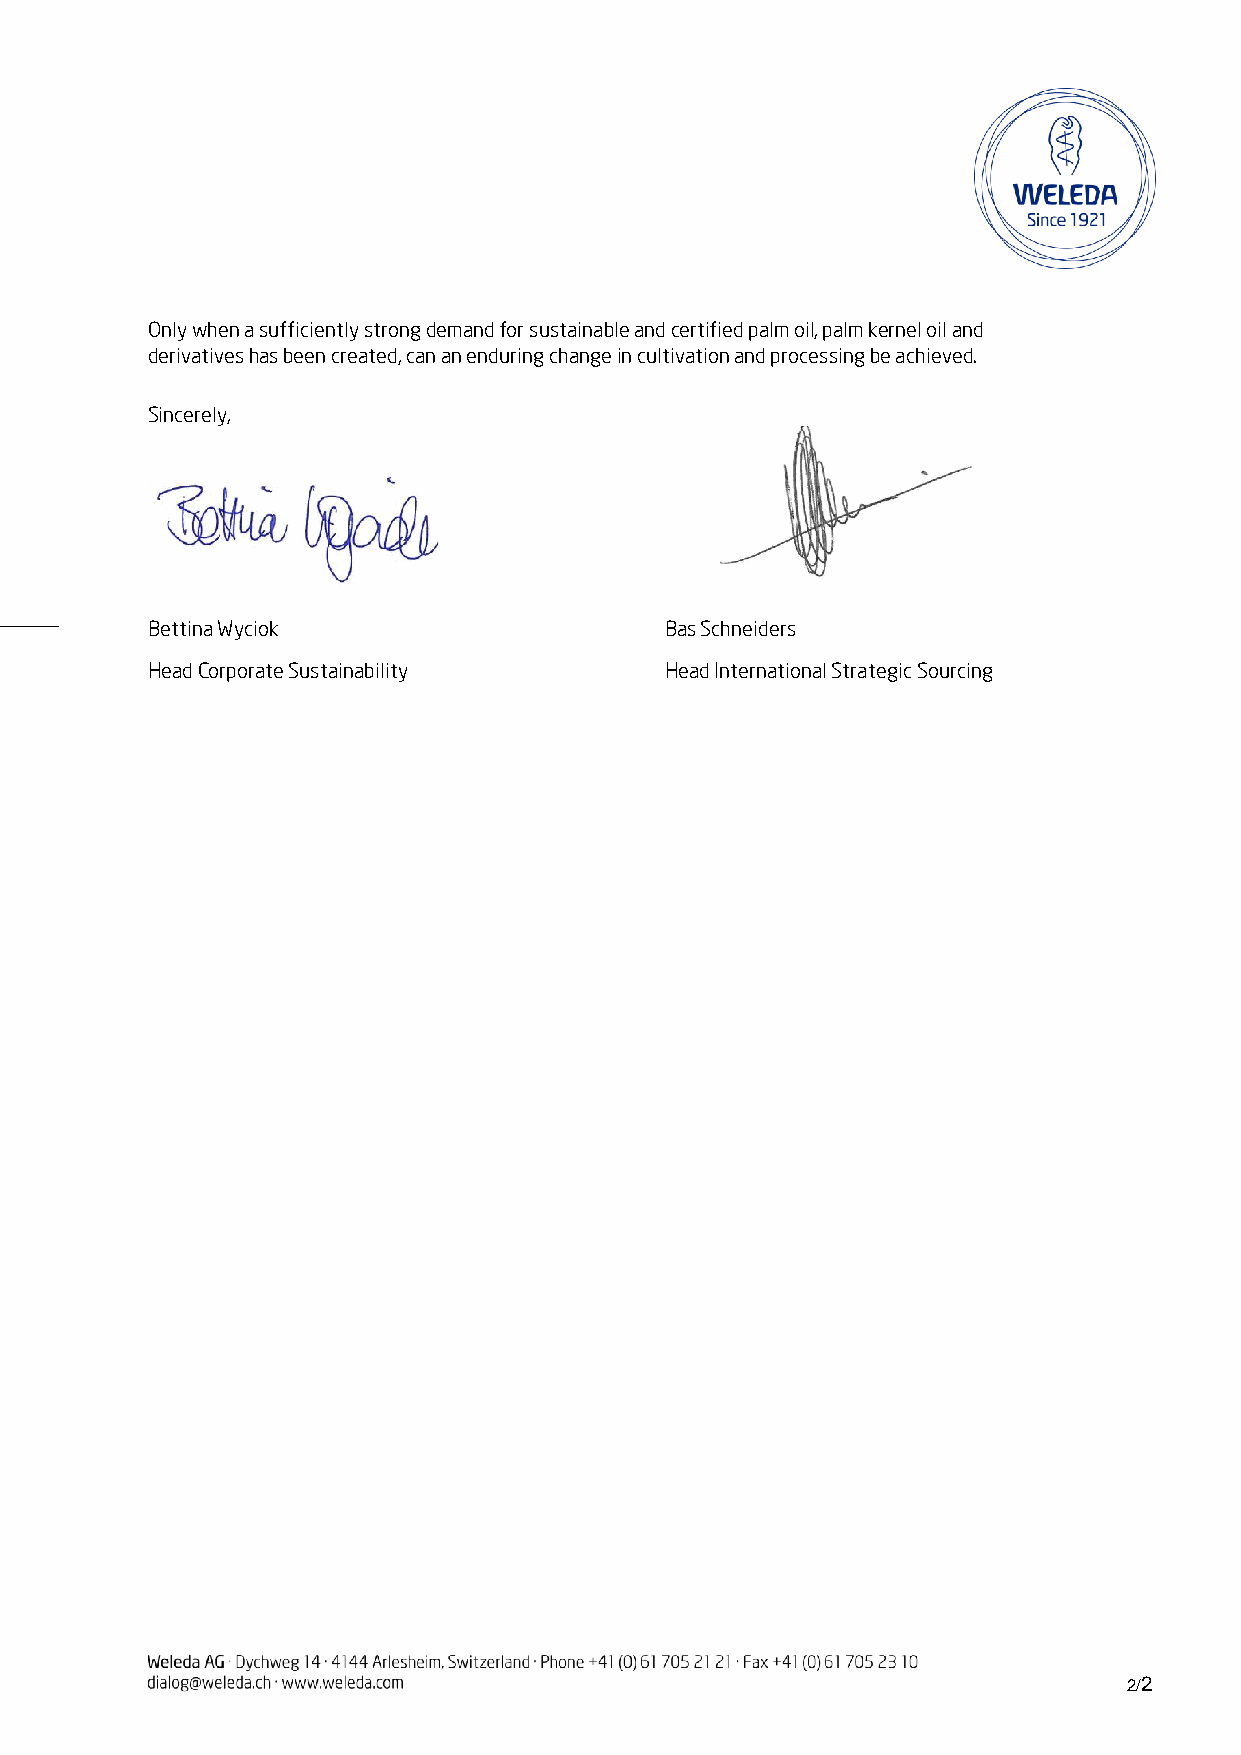
Only when a sufficiently strong demand for sustainable and certified palm oil, palm kernel oil and
 derivatives has been created, can an enduring change in cultivation and processing be achieved.
 Sincerely,
 Bettina Wyciok                    Bas Schneiders
 Head Corporate Sustainability     Head International Strategic Sourcing
 2/2